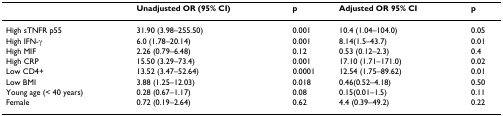
<table><thead><tr><td></td><td><b>Unadjusted OR (95% CI)</b></td><td><b>p</b></td><td><b>Adjusted OR 95% CI</b></td><td><b>p</b></td></tr></thead><tbody><tr><td>High sTNFR p55</td><td>31.90 (3.98–255.50)</td><td>0.001</td><td>10.4 (1.04–104.0)</td><td>0.05</td></tr><tr><td>High IFN-γ</td><td>6.0 (1.78–20.14)</td><td>0.001</td><td>8.14(1.5–43.7)</td><td>0.01</td></tr><tr><td>High MIF</td><td>2.26 (0.79–6.48)</td><td>0.12</td><td>0.53 (0.12–2.3)</td><td>0.4</td></tr><tr><td>High CRP</td><td>15.50 (3.29–73.4)</td><td>0.001</td><td>17.10 (1.71–171.0)</td><td>0.02</td></tr><tr><td>Low CD4+</td><td>13.52 (3.47–52.64)</td><td>0.0001</td><td>12.54 (1.75–89.62)</td><td>0.01</td></tr><tr><td>Low BMI</td><td>3.88 (1.25–12.03)</td><td>0.018</td><td>0.46(0.52–4.18)</td><td>0.50</td></tr><tr><td>Young age (&lt; 40 years)</td><td>0.28 (0.67–1.17)</td><td>0.08</td><td>0.15(0.01–1.5)</td><td>0.11</td></tr><tr><td>Female</td><td>0.72 (0.19–2.64)</td><td>0.62</td><td>4.4 (0.39–49.2)</td><td>0.22</td></tr></tbody></table>